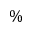
\%